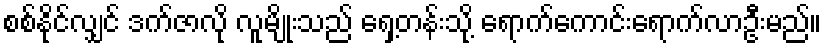
စစ်နိုင်လျှင် ဒက်ဇာလို လူမျိုးသည် ရှေ့တန်းသို့ ရောက်ကောင်းရောက်လာဦးမည်။